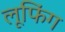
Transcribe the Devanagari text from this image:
लूफिंग